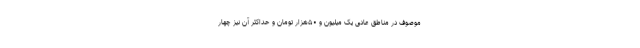
موصوف در مناطق عادی یک میلیون و ۵۰هزار تومان و حداکثر آن نیز چهار